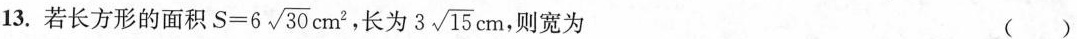
13. 若长方形的面积 $$S = 6 \sqrt{30} c m^{2}$$ ，长为 \sqrt{15} cm，则宽为